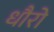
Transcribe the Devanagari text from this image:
धौरो